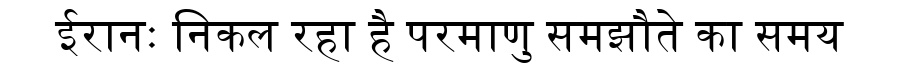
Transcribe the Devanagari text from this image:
ईरानः निकल रहा है परमाणु समझौते का समय